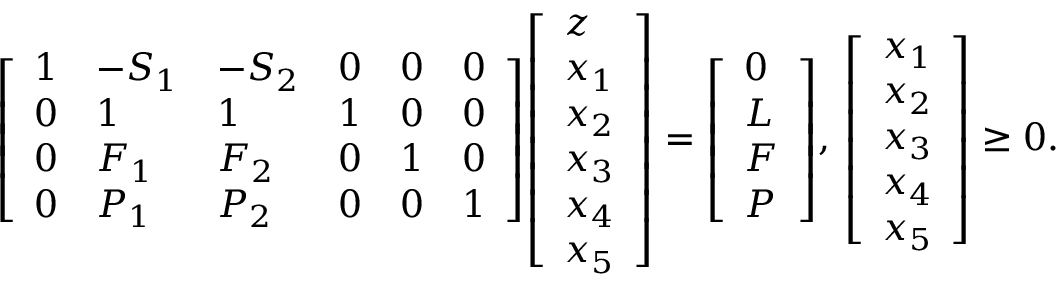
{ \left[ \begin{array} { l l l l l l } { 1 } & { - S _ { 1 } } & { - S _ { 2 } } & { 0 } & { 0 } & { 0 } \\ { 0 } & { 1 } & { 1 } & { 1 } & { 0 } & { 0 } \\ { 0 } & { F _ { 1 } } & { F _ { 2 } } & { 0 } & { 1 } & { 0 } \\ { 0 } & { P _ { 1 } } & { P _ { 2 } } & { 0 } & { 0 } & { 1 } \end{array} \right] } { \left[ \begin{array} { l } { z } \\ { x _ { 1 } } \\ { x _ { 2 } } \\ { x _ { 3 } } \\ { x _ { 4 } } \\ { x _ { 5 } } \end{array} \right] } = { \left[ \begin{array} { l } { 0 } \\ { L } \\ { F } \\ { P } \end{array} \right] } , \, { \left[ \begin{array} { l } { x _ { 1 } } \\ { x _ { 2 } } \\ { x _ { 3 } } \\ { x _ { 4 } } \\ { x _ { 5 } } \end{array} \right] } \geq 0 .